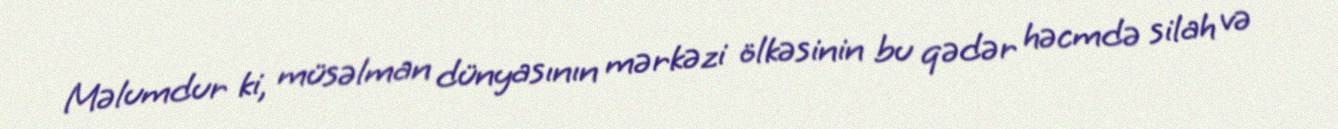
Məlumdur ki, müsəlman dünyasının mərkəzi ölkəsinin bu qədər həcmdə silah və